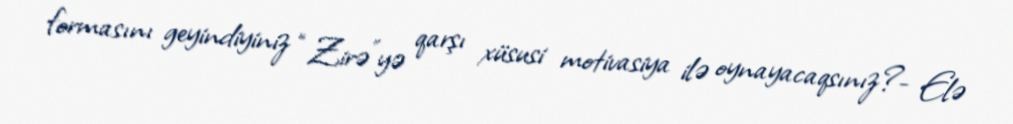
formasını geyindiyiniz “Zirə”yə qarşı xüsusi motivasiya ilə oynayacaqsınız?- Elə